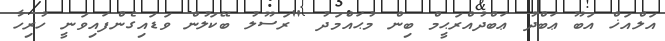
އަލްއަޚް އަބޫ ޢަބްދު ޢަބްދުއްރަޙީމް ބިން މުޙައްމަދު "ރަސޫލު ބޭކަލުން ވަޑައިގެންފައިވަނީ ހުރިހާ